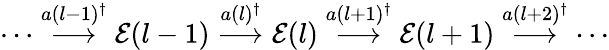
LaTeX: \cdots\stackrel{a(l-1)^{\dagger}}{\longrightarrow}{\cal E}(l-1)\stackrel{a(l)^{\dagger}}{\longrightarrow}{\cal E}(l)\stackrel{a(l+1)^{\dagger}}{\longrightarrow}{\cal E}(l+1)\stackrel{a(l+2)^{\dagger}}{\longrightarrow}\cdots